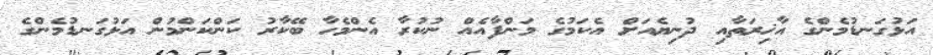
އަޅުގަނޑުމެންގެ އާޚިރަތާއި ދުނިޔެއަށް އެކަމުގެ މަންފާއެއް ނުކުރާ އެންމެހާ ބޭކާރު ކަންކަންމުން އަޅުގަނޑުމެންގެ